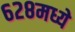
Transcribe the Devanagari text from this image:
६२८मध्ये